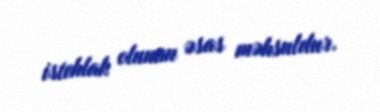
istehlak olunan əsas məhsuldur.